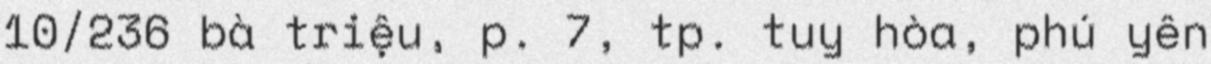
10/236 bà triệu, p. 7, tp. tuy hòa, phú yên